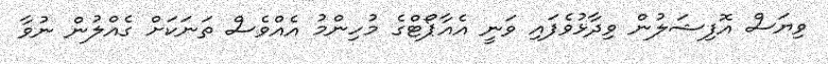
ވިޔަސް އޮފިޝަލުން ވިދާޅުވެފައި ވަނީ އެއާޕޯޓްގެ މުހިންމު އެއްވެސް ތަނަކަށް ގެއްލުން ނުވާ